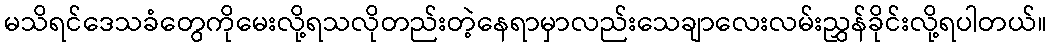
မသိရင်ဒေသခံတွေကိုမေးလို့ရသလိုတည်းတဲ့နေရာမှာလည်းသေချာလေးလမ်းညွှန်ခိုင်းလို့ရပါတယ်။